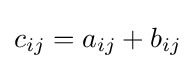
c_{ij}=a_{ij}+b_{ij}